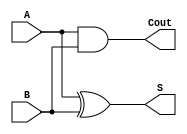
`timescale 1ns / 1ps

module half_adder(
    input A,      
    input B,       
    output S,      
    output Cout    
);

// Sum output
assign S = A ^ B;  

// Carry output
assign Cout = A & B;  

endmodule

module half_adder_tb();

reg A, B;       
wire S, Cout;   

half_adder DUT (
    .A(A),
    .B(B),
    .S(S),
    .Cout(Cout)
);

initial begin
    $monitor("A=%b, B=%b, S=%b, Cout=%b", A, B, S, Cout);
    A = 0; B = 0; #10;   // Test case 1
    A = 0; B = 1; #10;   // Test case 2
    A = 1; B = 0; #10;   // Test case 3
    A = 1; B = 1; #10;   // Test case 4
    $finish;
end

endmodule